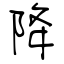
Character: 降